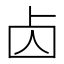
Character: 𠧚